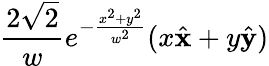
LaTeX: \frac{2\sqrt{2}}{w}e^{-\frac{x^{2}+y^{2}}{w^{2}}}(x\hat{\mathbf{x}}+y\hat{\mathbf{y}})